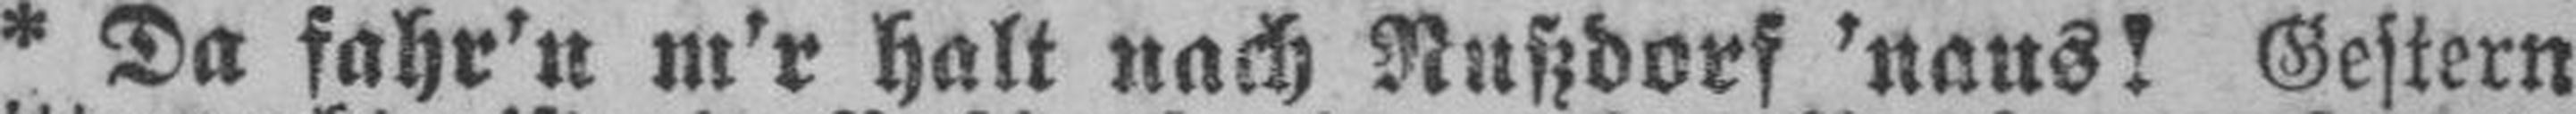
* Da fahr'n m'r halt nach Nußdorf 'naus! Gestern